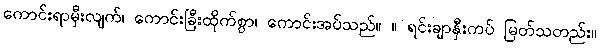
ကောင်းရာမှီးလျက်၊ ကောင်းခြီးထိုက်စွာ၊ ကောင်းအပ်သည်။ ။ ရင်းချာနှီးကပ် မြတ်သတည်း။